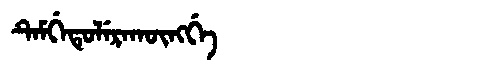
Manchu: ᡨᡝᠮᡤᡝᡨᡠᠯᡝᡵᠠᡴᡡᠩᡤᡝ
Romanization: TEMGETULERAKŪNGGE